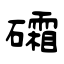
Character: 礵